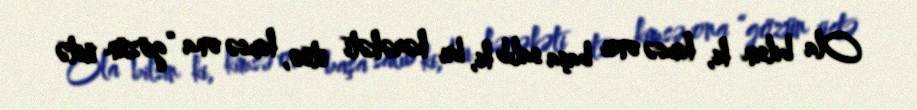
Ola bilsin ki, kimsə onu başa salıb ki, bu hərəkəti etsə, kimsə ona “gözün üstə